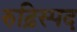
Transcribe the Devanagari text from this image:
रुढ़िस्पद